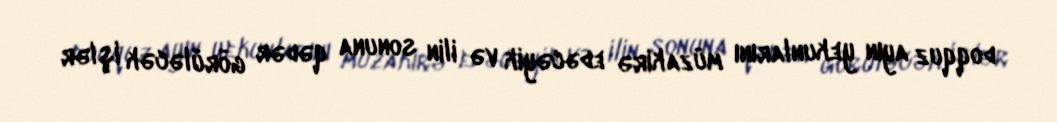
doqquz ayın yekunlarını müzakirə edəcəyik və ilin sonuna qədər görüləcək işlər